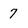
Character: 7